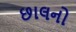
છાલનો